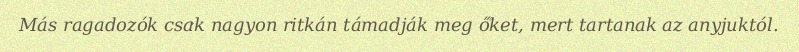
Más ragadozók csak nagyon ritkán támadják meg őket, mert tartanak az anyjuktól.